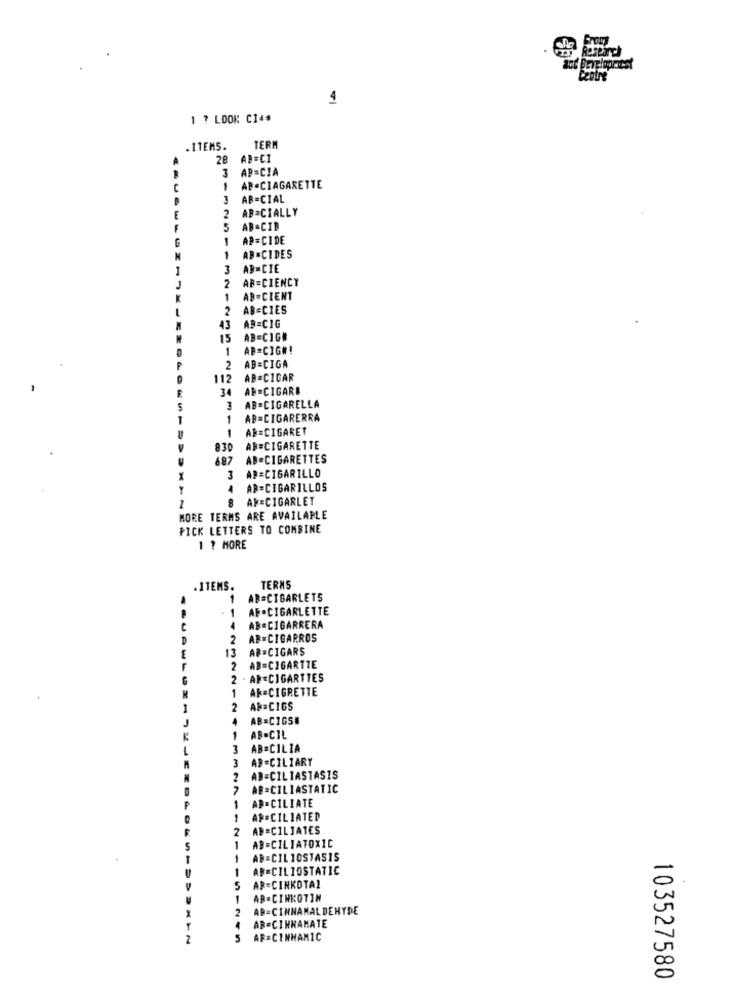
Research
Centre
4
1 ? LOOK CI4$
. ITEMS.
TERM
28
AB=CI
3 AR=CIA
1
AP.CIAGARETTE
3 AB=CIAL
AB=CIALLY
2
5
AB-CID
1
AP=CIDE
1
AB =CIDES
3
AB=CIE
AR=CIENCY
2
1
AB-CIENT
2
AB=CIES
43
AB=CIG
15
AB=CIGN
1
AB=CIG#!
AB=CIGA
2
112
AB=CICAR
34
AP -CIGARE
3
AB =CIGARELLA
1
AB=CIGARERRA
AB=CIGARET
830
AB=CIGARETTE
687
AB-CIGARETTES
3 AR=CIGARILLO
4
AR=CIGARILLOS
8 AK=CIGARLET
MORE TERMS ARE AVAILABLE
PICK LETTERS TO COMBINE
1 1 MORE
.ITEMS.
TERMS
1
AR=CIGARLETS
1
AF -CIGARLETTE
-
AB .CIGARRERA
D
2
AB=CIGARROS
13
AB=CIGARS
F
2
AB=CIGARTTE
2
. AP -CIGARTTES
1 AR=CIGRETTE
2
AN=CIGS
4
AB=CIGS#
1
AB-CIL
3
AB=CILIA
3
AB=CILIARY
2
AB=CILIASTASIS
7
AB=CILIASTATIC
AD=CILIATE
1
1
AP-CILIATED
2
AB=CILIATES
1
AB=CILIATOXIC
AR=CILIOSTASIS
1
AN=CILIOSTATIC
5
AR=CINKOTAL
AB=CINKOTIN
2
AB=CINNAMAL DEHYDE
X
AB=CINNAMATE
2
5
AF=CINNAMIC
103527580